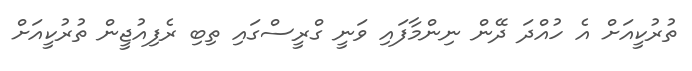
ތުރުކީއަށް އެ ހުއްދަ ދޭން ނިންމާފައި ވަނީ ގްރީސްގައި ތިބި ރެފިއުޖީން ތުރުކީއަށް